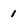
Character: 1